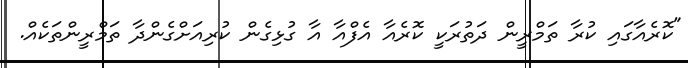
"ކޮރެއާގައި ކުރާ ތަމްރީން ދަތުރަކީ ކޮރެއާ އެފްއާ އާ ގުޅިގެން ކުރިއަށްގެންދާ ތަމްރީންތަކެއް.